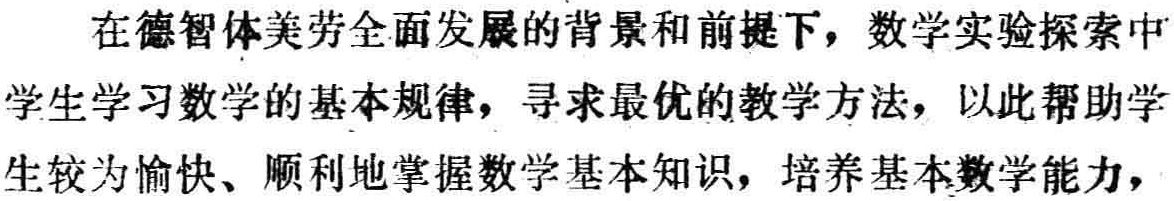
在德智体美劳全面发展的背景和前提下，数学实验探索中学生学习数学的基本规律，寻求最优的教学方法，以此帮助学生较为愉快、顺利地掌握数学基本知识，培养基本数学能力，